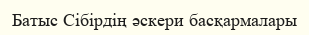
Батыс Сібірдің әскери басқармалары